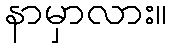
နာမှာလား။